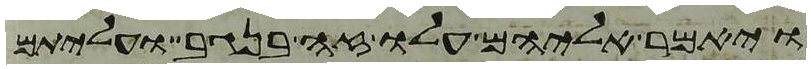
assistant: ויאמר אליהם עלו זה בנגב ועליתם